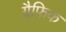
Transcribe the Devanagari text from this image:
ग्रैफिक